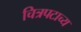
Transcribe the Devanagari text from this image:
चित्रपटाच्य